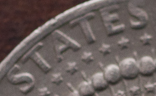
STATES